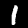
Digit: 1